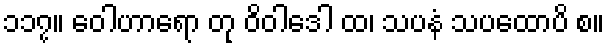
၁၁၇။ ဝေါဟာရော တု ဝိဝါဒေါ ထ၊ သပနံ သပထောပိ စ။